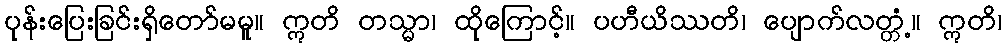
ပုန်းပြေးခြင်းရှိတော်မမူ။ ဣတိ တသ္မာ၊ ထိုကြောင့်။ ပဟီယိဿတိ၊ ပျောက်လတ္တံ့။ ဣတိ၊